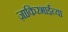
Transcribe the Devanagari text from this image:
ज़ाकिरभाईंच्या